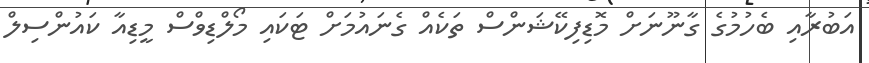
އަބުރާއި ބެހުމުގެ ގާނޫނަށް މޮޑިފިކޭޝަންސް ތަކެއް ގެނައުމަށް ޓަކައި މޯލްޑިވްސް މީޑިއާ ކައުންސިލް